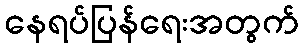
နေရပ်ပြန်ရေးအတွက်